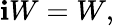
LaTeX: \mathbf{i}W=W,